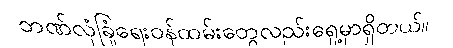
ဘဏ်လုံခြုံရေးဝန်ထမ်းတွေလည်းရှေ့မှာရှိတယ်။